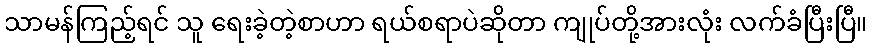
သာမန်ကြည့်ရင် သူ ရေးခဲ့တဲ့စာဟာ ရယ်စရာပဲဆိုတာ ကျုပ်တို့အားလုံး လက်ခံပြီးပြီ။